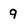
Character: 9